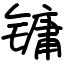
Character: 镛